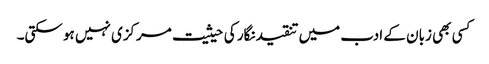
کسی بھی زبان کے ادب میں تنقیدنگار کی حیثیت مرکزی نہیں ہو سکتی۔